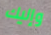
وإليك